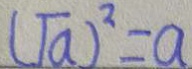
( \sqrt { a } ) ^ { 2 } = a